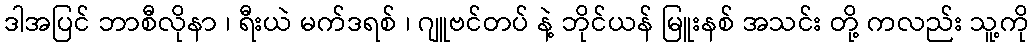
ဒါအပြင် ဘာစီလိုနာ ၊ ရီးယဲ မက်ဒရစ် ၊ ဂျူဗင်တပ် နဲ့ ဘိုင်ယန် မြူးနစ် အသင်း တို့ ကလည်း သူ့ကို